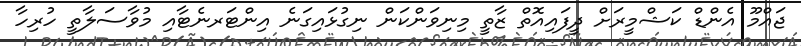
ޖައްމޫ އެންޑް ކަޝްމީރަށް ދީފައިއޮތް ޒާތީ މިނިވަންކަން ނިގުޅައިގަނެ އިންޓަރނެޓާއި މުވާސަލާތީ ހުރިހާ